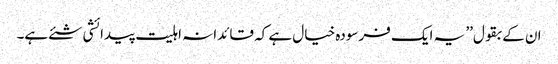
ان کے بقول’’ یہ ایک فرسودہ خیال ہے کہ قائدانہ اہلیت پیدائشی شئے ہے۔